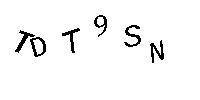
TDT9SN